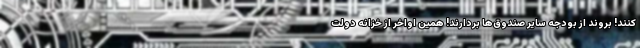
کنند! بروند از بودجه سایر صندوق‌ها بردارند! همین اواخر از خزانه دولت